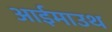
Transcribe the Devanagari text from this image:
आईमाउथ